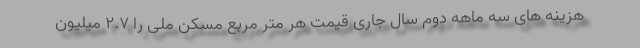
هزینه های سه ماهه دوم سال جاری قیمت هر متر مربع مسکن ملی را ۲.۷ میلیون